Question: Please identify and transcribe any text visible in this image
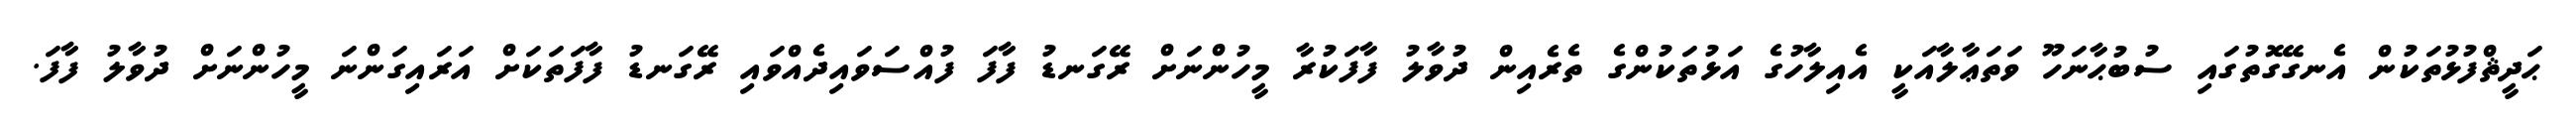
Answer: ޙަދީޘްފުޅުތަކުން އެނގޭގޮތުގައި ސުބުޙާނަހޫ ވަތަޢާލާއަކީ އެއިލާހުގެ އަޅުތަކުންގެ ތެރެއިން ދުވާލު ފާފަކުރާ މީހުންނަށް ރޭގަނޑު ފާފަ ފުއްސަވައިދެއްވައި ރޭގަނޑު ފާފަތަކަށް އަރައިގަންނަ މީހުންނަށް ދުވާލު ފާފަ.